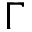
\Gamma